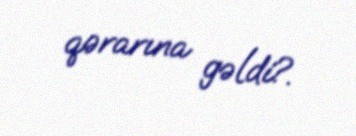
qərarına gəldi?.